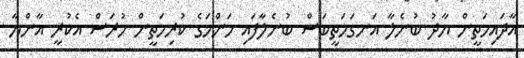
އާދައިމަތީން ޔާދު ބުނެލާ އަނގަމަތީބަސް ބުނެލާފައި މަންމަގެ ކުރިމަތީން ހުރަސް އެކުރީ އާންޔާ